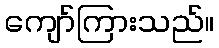
ကျော်ကြားသည်။